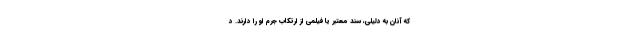
که آنان به دلیلی، سند معتبر یا فیلمی از ارتکاب جرم او را دارند. د